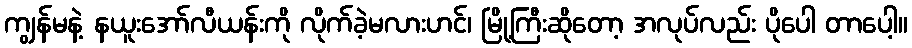
ကျွန်မနဲ့ နယူးအော်လီယန်းကို လိုက်ခဲ့မလားဟင်၊ မြို့ကြီးဆိုတော့ အလုပ်လည်း ပိုပေါ တာပေါ့။